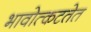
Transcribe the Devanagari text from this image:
भावोत्कटतेत